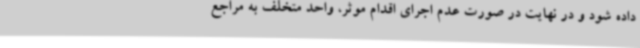
داده شود و در نهایت در صورت عدم اجرای اقدام موثر، واحد متخلف به مراجع